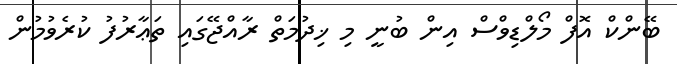
ބޭންކް އޮފް މޯލްޑިވްސް އިން ބުނީ މި ޚިދުމަތް ރާއްޖޭގައި ތަޢާރުފު ކުރެވުމުން